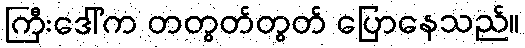
ကြီးဒေါ်က တတွတ်တွတ် ပြောနေသည်။